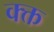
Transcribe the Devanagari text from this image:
क्क्त